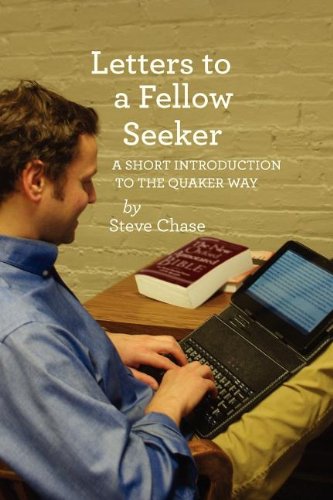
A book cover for Letters to a Fellow Seeker; Steve Chase; Christian Books & Bibles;